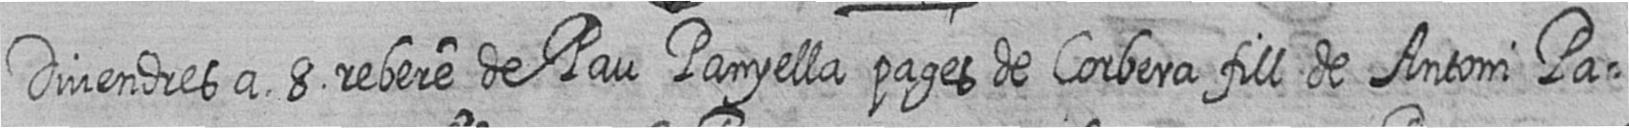
Divendres a 8 rebere de Pau Panyella pages de Corbera fill de Antoni Pa=